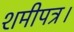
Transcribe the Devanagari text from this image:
शमीपत्र।